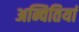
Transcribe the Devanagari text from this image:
अन्वितियां